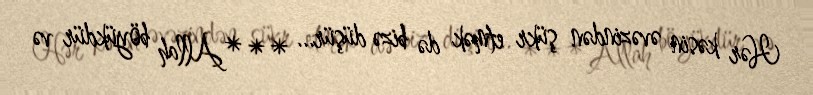
Hər kəsin əvəzindən şükr etmək də bizə düşür... ***Allah böyükdür və